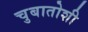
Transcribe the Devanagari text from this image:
चुबातोशी